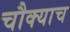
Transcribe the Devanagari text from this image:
चौक्याच